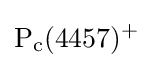
{\rm {P_{c}(4457)^{+}}}